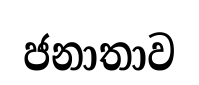
ජනාතාව